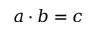
a \cdot b = c